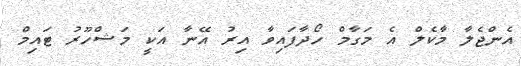
އެންޖެލާ މާކެލް އެ މަގާމް ހޯދާފައިވާ އިރު އޭނާ އަކީ މަޝްހޫރު ޓައިމް